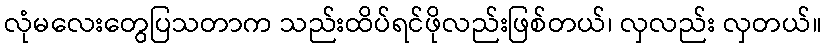
လုံမလေးတွေပြသတာက သည်းထိပ်ရင်ဖိုလည်းဖြစ်တယ်၊ လှလည်း လှတယ်။